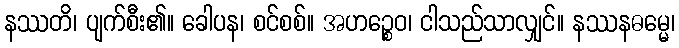
နဿတိ၊ ပျက်စီး၏။ ခေါပန၊ စင်စစ်။ အဟဉ္စေဝ၊ ငါသည်သာလျှင်။ နဿနဓမ္မေ၊